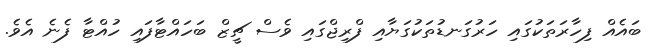
ބައެއް ފިހާރަތަކުގައި ހަރުގަނޑުތަކުގަޔާއި ފްރިޖްގައި ވެސް ޗީޒް ބަހައްޓާފައި ހުއްޓާ ފެނެ އެވެ.